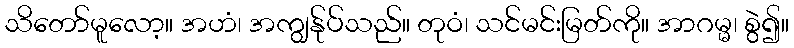
သိတော်မူလော့။ အဟံ၊ အကျွန်ုပ်သည်။ တုဝံ၊ သင်မင်းမြတ်ကို။ အာဂမ္မ၊ စွဲ၍။